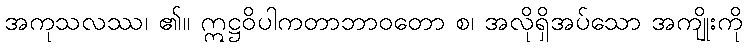
အကုသလဿ၊ ၏။ ဣဋ္ဌဝိပါကတာဘာဝတော စ၊ အလိုရှိအပ်သော အကျိုးကို